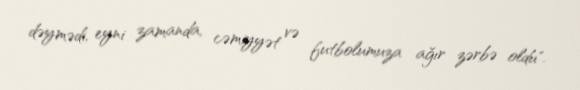
dəymədi, eyni zamanda, cəmiyyət və futbolumuza ağır zərbə oldu".